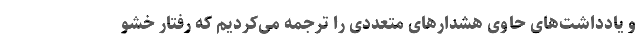
و یادداشت‌های حاوی هشدارهای متعددی را ترجمه می‌کردیم که رفتار خشو